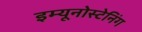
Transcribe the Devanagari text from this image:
इम्यूनोस्टेनिंग